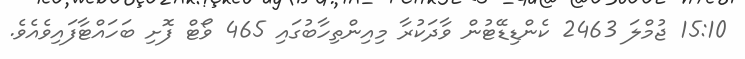
15:10 ޖުމްލަ 2463 ކެންޑިޑޭޓުން ވާދަކުރާ މިއިންތިހާބުގައި 465 ވޯޓް ފޮށި ބަހައްޓާފައިވެއެވެ.